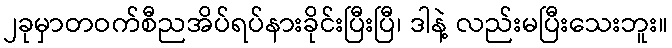
၂ခုမှာတဝက်စီညအိပ်ရပ်နားခိုင်းပြီးပြီ၊ ဒါနဲ့ လည်းမပြီးသေးဘူး။